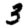
Digit: 3